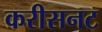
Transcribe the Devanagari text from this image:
करीसनट